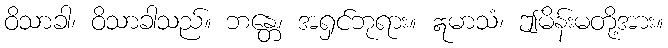
ဝိသာခါ၊ ဝိသာခါသည်။ ဘန္တေ၊ အရှင်ဘုရား။ ဣမာသံ၊ ဤမိန်းမတို့အား။